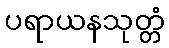
ပရာယနသုတ္တံ